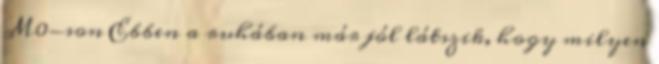
M0-son Ebben a ruhában már jól látszik, hogy milyen